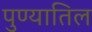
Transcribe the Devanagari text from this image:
पुण्यातिल